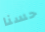
حسنا